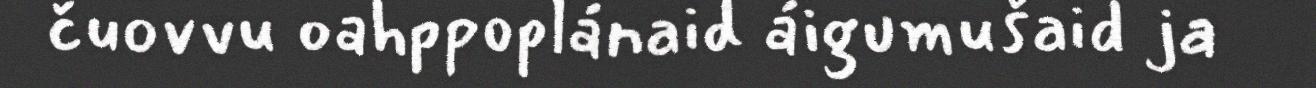
čuovvu oahppoplánaid áigumušaid ja